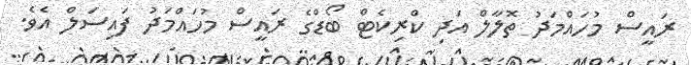
ރައީސް މުހައްމަދު ތޮލާލް އަދި ކްރިކެޓް ބޯޑްގެ ރައީސް މުހައްމަދު ފައިސަލް އެވެ.